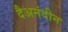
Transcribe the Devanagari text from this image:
दैअनंदीन